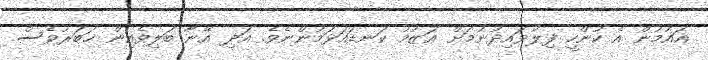
އައުމުން އެ ކުންހީ ފިލުވައިދުނުމަށް ޢަޒުމު ކަނޑައަޅަމުންނެވެ. އަދި އޭނާ ބަލިވެއިން ޚަބަރުވެސް